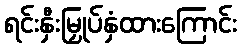
ရင်းနှီးမြှုပ်နှံထားကြောင်း